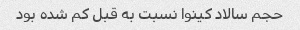
حجم سالاد کینوا نسبت به قبل کم شده بود